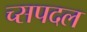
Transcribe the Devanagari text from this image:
च्सपदल